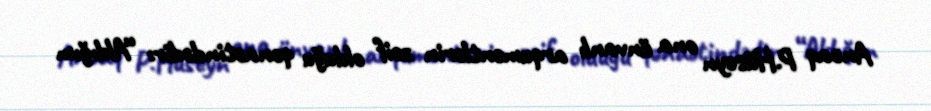
Ancaq P.Hüseyn ona ünvanlı arqumentlərin zəif olduğu qənaətindədir: “Aldığım